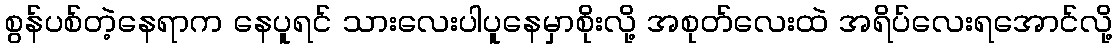
စွန်ပစ်တဲ့နေရာက နေပူရင် သားလေးပါပူနေမှာစိုးလို့ အစုတ်လေးထဲ အရိပ်လေးရအောင်လို့